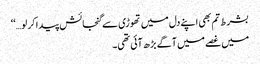
بشرط تم بھی اپنے دل میں تھوڑی سے گنجائش پیدا کر لو…‘‘
میں غصے میں آگے بڑھ آئی تھی۔